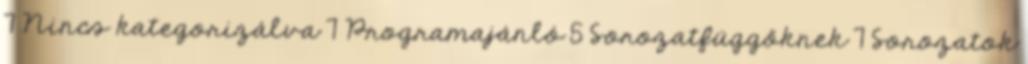
7 Nincs kategorizálva 7 Programajánló 5 Sorozatfüggőknek 7 Sorozatok